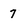
Character: 7